Vaccination United Provinces of Agra and Oudh 1923-1928 - 1923-1928
Year: 1923
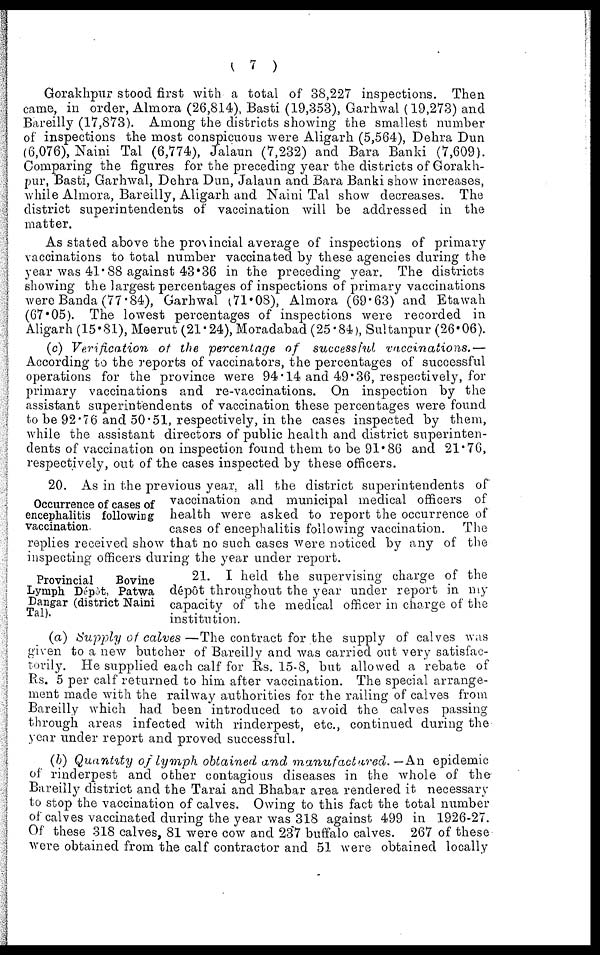
( 7 )
Gorakhpur stood first with a total of 38,227 inspections. Then
came, in order, Almora (26,814), Basti (19,353), Garhwal (19,273) and
Bareilly (17,873). Among the districts showing the smallest number
of inspections the most conspicuous were Aligarh (5,564), Dehra Dun
(6,076), Naini Tal (6,774), Jalaun (7,232) and Bara Banki (7,609).
Comparing the figures for the preceding year the districts of Gorakh-
pur, Basti, Garhwal, Dehra Dun, Jalaun and Bara Banki show increases,
while Almora, Bareilly, Aligarh and Naini Tal show decreases. The
district superintendents of vaccination will be addressed in the
matter.
As stated above the provincial average of inspections of primary
vaccinations to total number vaccinated by these agencies during the
year was 41.88 against 43.36 in the preceding year. The districts
showing the largest percentages of inspections of primary vaccinations
were Banda (77.84), Garhwal (71.08), Almora (69.63) and Etawah
(67.05). The lowest percentages of inspections were recorded in
Aligarh (15.81), Meerut (21.24), Moradabad (25.84), Sultanpur (26.06).
(c) Verification
of the percentage of successful
vaccinations.—
According to the reports of vaccinators, the percentages of successful
operations for the province were 94.14 and 49.36, respectively, for
primary vaccinations and re-vaccinations. On inspection by the
assistant superintendents of vaccination these percentages were found
to be 92.76 and 50.51, respectively, in the cases inspected by them,
while the assistant directors of public health and district superinten-
dents of vaccination on inspection found them to be 91.86 and 21.76,
respectively, out of the cases inspected by these officers.
Occurrence of cases of
encephalitis following
vaccination.
20. As in the previous year, all the district superintendents of
vaccination and municipal medical officers of
health were asked to report the occurrence of
cases of encephalitis following vaccination. The
replies received show that no such cases were noticed by any of the
inspecting officers during the year under report.
Provincial
Bovine
Lymph Dépôt, Patwa
Dangar (district Naini
Tal).
21. I held the supervising charge of the
dépôt throughout the year under report in my
capacity of the medical officer in charge of the
institution.
(a) Supply of calves—The contract for the supply of calves was
given to a new butcher of Bareilly and was carried out very satisfac-
torily. He supplied each calf for Rs. 15-8, but allowed a rebate of
Rs. 5 per calf returned to him after vaccination. The special arrange-
ment made with the railway authorities for the railing of calves from
Bareilly which had been introduced to avoid the calves passing-
through areas infected with rinderpest, etc., continued during the
year under report and proved successful.
(b) Quantity of lymph obtained and manufactured.
— An epidemic
of rinderpest and other contagious diseases in the whole of the
Bareilly district and the Tarai and Bhabar area rendered it necessary
to stop the vaccination of calves. Owing to this fact the total number
of calves vaccinated during the year was 318 against 499 in 1926-27.
Of these 318 calves, 81 were cow and 237 buffalo calves. 267 of these
were obtained from the calf contractor and 51 were obtained locally